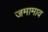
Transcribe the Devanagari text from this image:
जमामाव